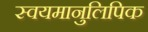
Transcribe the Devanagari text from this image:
स्वयमानुलिपिक